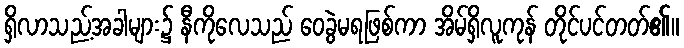
ရှိလာသည့်အခါများ၌ နီကိုလေသည် ဝေခွဲမရဖြစ်ကာ အိမ်ရှိလူကုန် တိုင်ပင်တတ်၏။